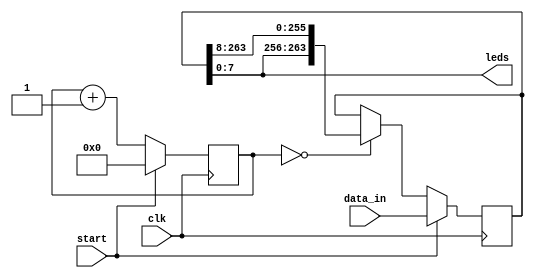
module rotate_leds #(parameter N=264)(
    input clk,
    input start,
    input [N-1:0] data_in,
    output [7:0] leds
    );
    
    reg [29:0] counter;
    reg [N-1:0] temp;
    
    always @(posedge clk)
    begin
        if (start) begin
            temp <= data_in;
            counter <= 0;
        end
        else begin
            counter <= counter + 1;
            if(counter == 0)
                temp <= {temp[7:0],temp[N-1:8]};
        end
    end
    
    assign leds = temp[7:0];
        
endmodule